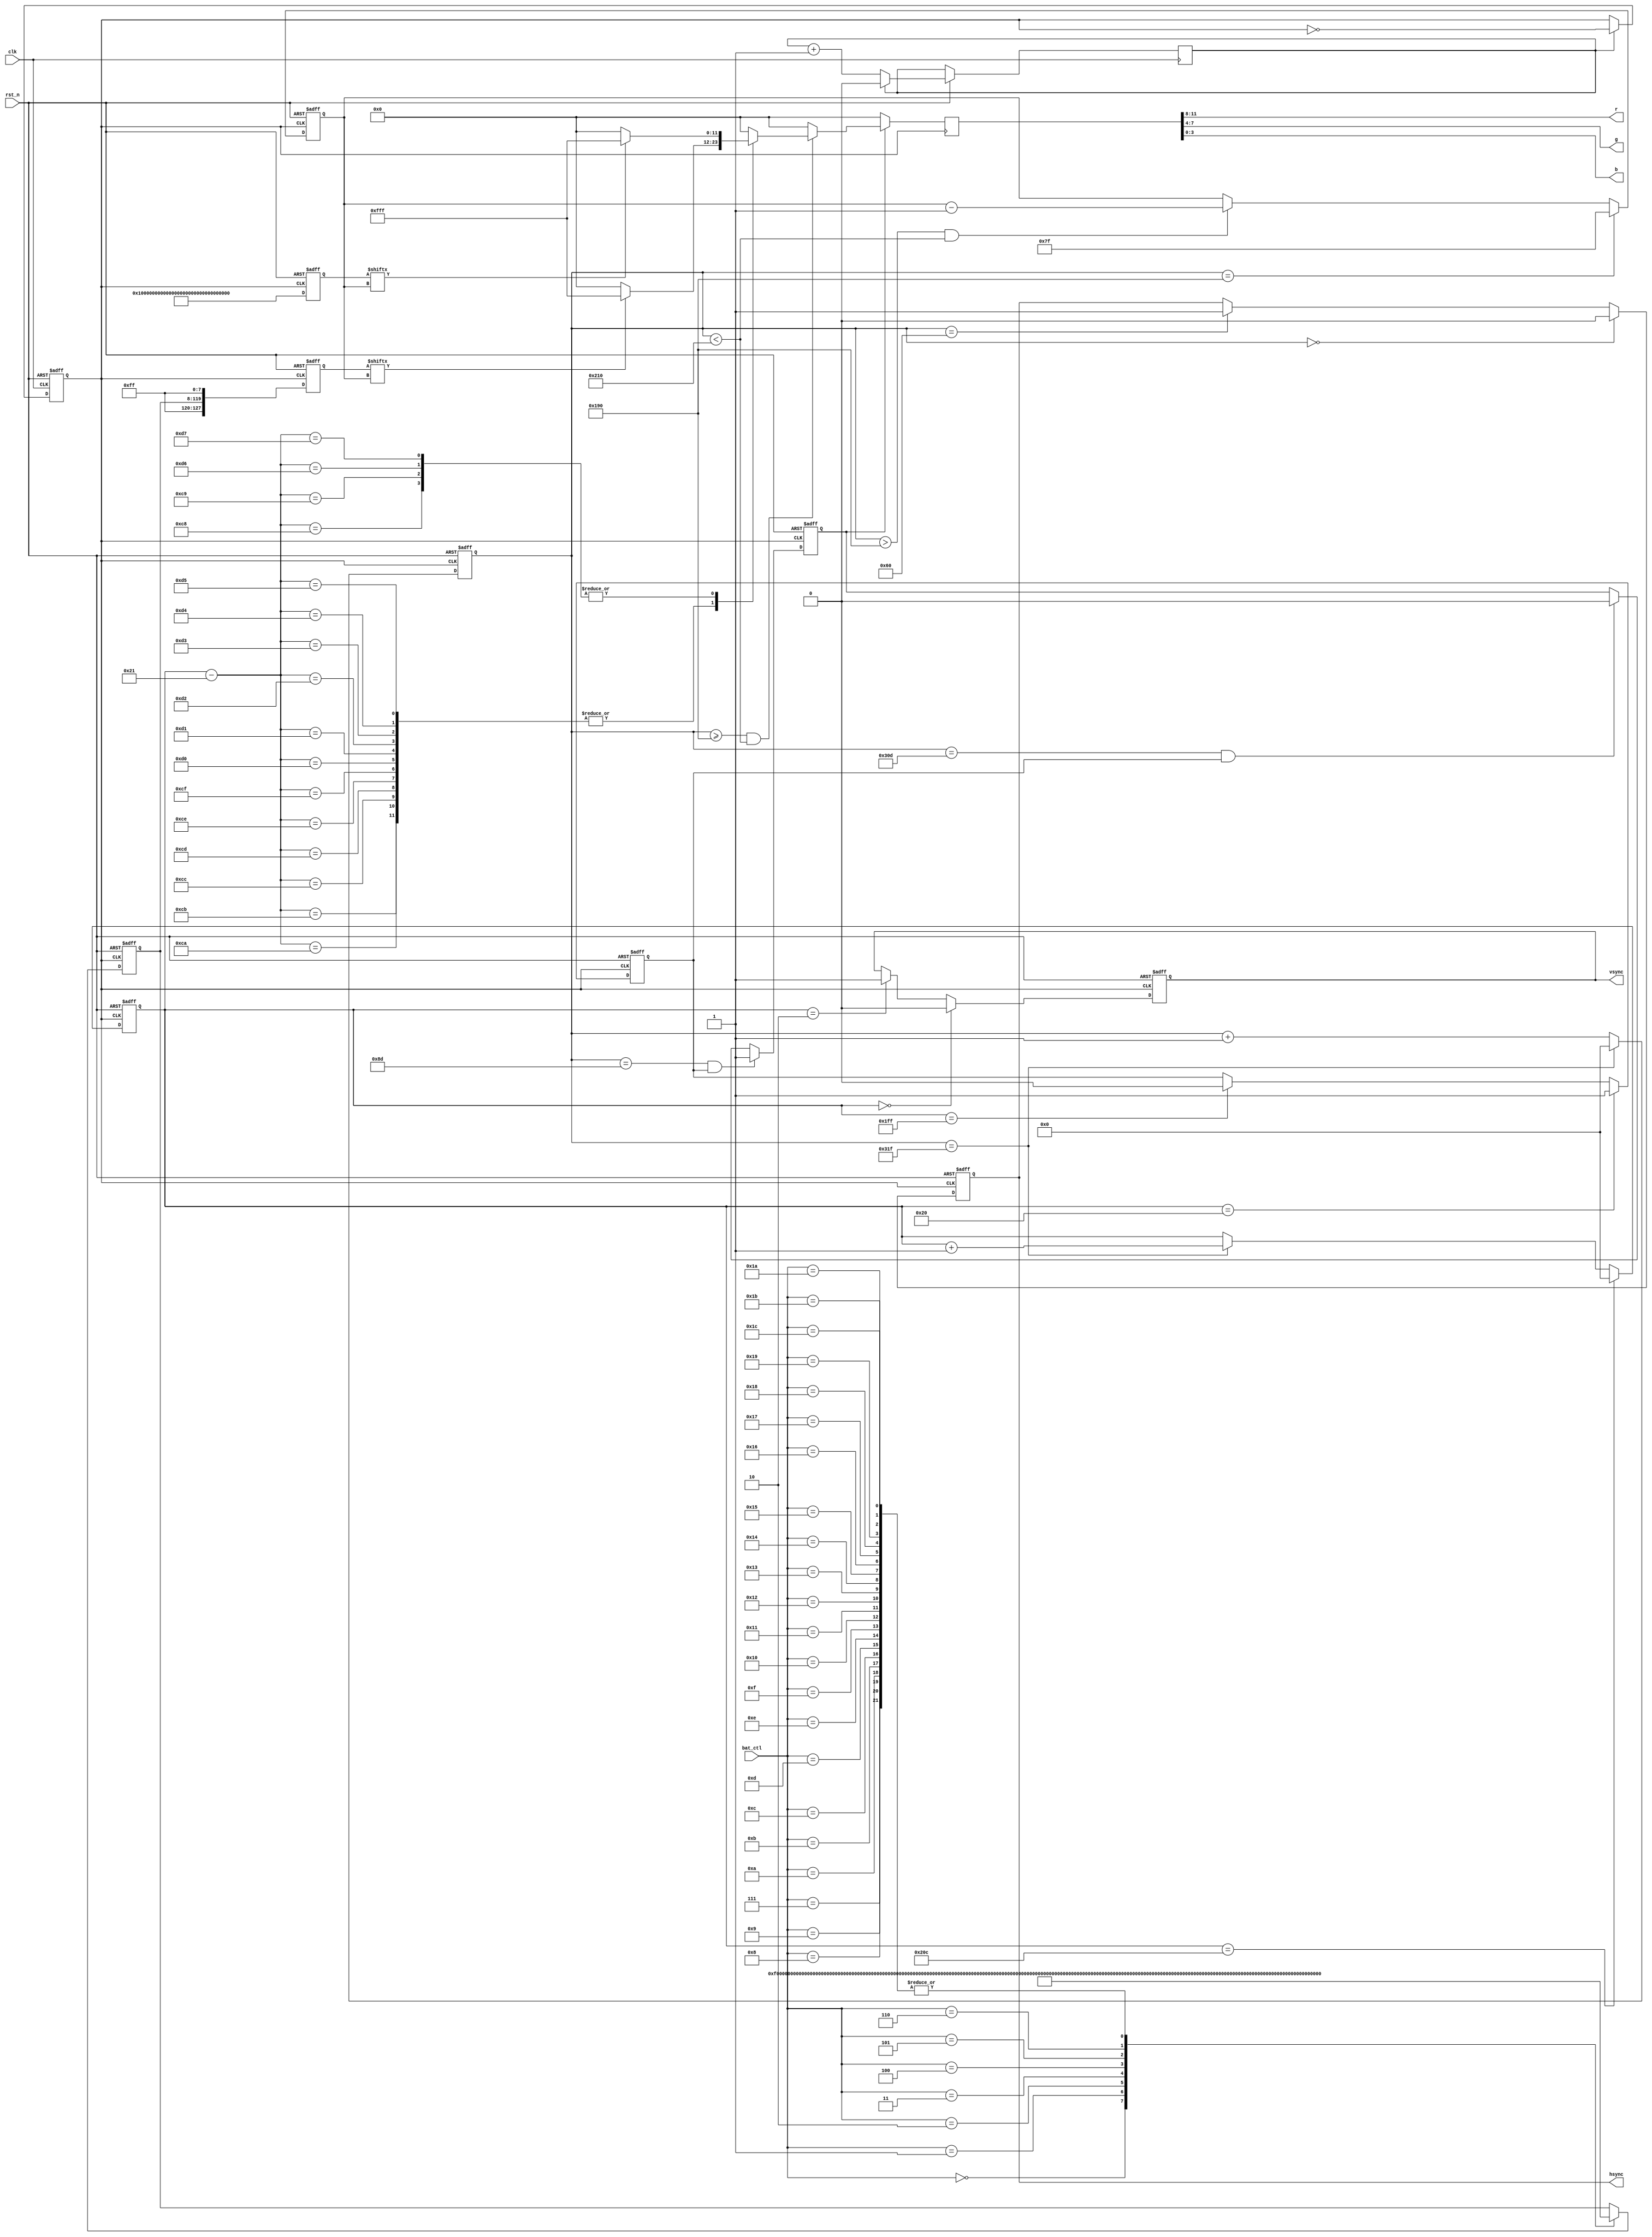
`timescale 1ns / 1ps
//////////////////////////////////////////////////////////////////////////////////
// Company: 
// Engineer: 
// 
// Design Name: 
// Module Name: vga_char
// Project Name: 
// Target Devices: 
// Tool Versions: 
// Description: 
// 
// Dependencies: 
// 
// Revision:
// Revision 0.01 - File Created
// Additional Comments:
// 
//////////////////////////////////////////////////////////////////////////////////

module vga_char(
    clk, rst_n,bat_ctl,
    hsync, vsync, r, g, b   // VGA control
);

    input clk;        // 100MHz
    input rst_n;      // Reset signal (Modified comment)
    input [4:0] bat_ctl; 
    output hsync;     // Horizontal sync signal
    output vsync;     // Vertical sync signal
    output[3:0] r;    // Red output signal
    output[3:0] g;    // Green output signal
    output[3:0] b;    // Blue output signal

    reg[9:0] x_cnt;    // Horizontal coordinate
    reg[9:0] y_cnt;    // Vertical coordinate
    reg clk_vga = 0;   // VGA clock
    reg clk_cnt = 0;   // Frequency divider counter

    always @(posedge clk or negedge rst_n) begin
        if (!rst_n)
            clk_vga <= 1'b0;
        else if (clk_cnt == 1) begin
            clk_vga <= ~clk_vga;
            clk_cnt <= 0;
        end
        else
            clk_cnt <= clk_cnt + 1;
    end

    reg valid_yr;    // Row display valid signal
    always @ (posedge clk_vga or negedge rst_n) begin
        if (!rst_n)
            valid_yr <= 1'b0;
        else if (y_cnt == 10'd32)
            valid_yr <= 1'b1;
        else if (y_cnt == 10'd511)
            valid_yr <= 1'b0;
    end

    wire valid_y = valid_yr;

    reg valid_r;
    always @ (posedge clk_vga or negedge rst_n) begin
        if (!rst_n)
            valid_r <= 1'b0;
        else if ((x_cnt == 10'd141) && valid_y)
            valid_r <= 1'b1;
        else if ((x_cnt == 10'd781) && valid_y)
            valid_r <= 1'b0;
    end
    wire valid = valid_r;

    always @ (posedge clk_vga or negedge rst_n) begin
        if (!rst_n)
            x_cnt <= 10'd0;
        else if (x_cnt == 10'd799)
            x_cnt <= 10'd0;
        else
            x_cnt <= x_cnt + 1'b1;
    end

    always @ (posedge clk_vga or negedge rst_n) begin
        if (!rst_n)
            y_cnt <= 10'd0;
        else if (y_cnt == 10'd524)
            y_cnt <= 10'd0;
        else if (x_cnt == 10'd799)
            y_cnt <= y_cnt + 1'b1;
    end

    // VGA synchronization, horizontal and vertical sync signals
    reg hsync_r, vsync_r;
    always @ (posedge clk_vga or negedge rst_n) begin
        if (!rst_n)
            hsync_r <= 1'b1;
        else if (x_cnt == 10'd0)
            hsync_r <= 1'b0;    // Generate hsync signal
        else if (x_cnt == 10'd96)
            hsync_r <= 1'b1;
    end

    always @ (posedge clk_vga or negedge rst_n) begin
        if (!rst_n)
            vsync_r <= 1'b1;
        else if (y_cnt == 10'd0)
            vsync_r <= 1'b0;    // Generate vsync signal
        else if (y_cnt == 10'd2)
            vsync_r <= 1'b1;
    end

    assign hsync = hsync_r;
    assign vsync = vsync_r;

    // Resolution 640x480
    wire[9:0] x_dis;    // Horizontal coordinate display valid area relative coordinate values 0-639
    wire[9:0] y_dis;    // Vertical coordinate display valid area relative coordinate values 0-479

    // Subtract the blanking area, convert to an easy-to-understand 640x480
    assign x_dis = x_cnt - 10'd142;
    assign y_dis = y_cnt - 10'd33;

    reg [111:0] bat;
    reg [127:0] char_line_solid;
    reg [127:0] char_line_fluid;


    always @(posedge clk_vga or negedge rst_n) begin
        if (!rst_n) begin
            bat <= 'd1;
        end
        else begin
            case(bat_ctl)
            5'd0: bat <= 'hF;
            5'd1: bat <= 'hFF;
            5'd2: bat <= 'hFFF;
            5'd3: bat <= 'hFFFF;
            5'd4: bat <= 'hFFFFF;
            5'd5: bat <= 'hFFFFFF;
            5'd6: bat <= 'hFFFFFFF;
            5'd7: bat <= 'hFFFFFFFF;
            5'd8: bat <= 'hFFFFFFFFFF;
            5'd9: bat <= 'hFFFFFFFFFFF;
            5'd10: bat <= 'hFFFFFFFFFFFFFF;
            5'd11: bat <= 'hFFFFFFFFFFFFFFF;
            5'd12: bat <= 'hFFFFFFFFFFFFFFFF;
            5'd13: bat <= 'hFFFFFFFFFFFFFFFFFF;
            5'd14: bat <= 'hFFFFFFFFFFFFFFFFFFF;
            5'd15: bat <= 'hFFFFFFFFFFFFFFFFFFFF;
            5'd16: bat <= 'hFFFFFFFFFFFFFFFFFFFFFF;
            5'd17: bat <= 'hFFFFFFFFFFFFFFFFFFFFFFF;
            5'd18: bat <= 'hFFFFFFFFFFFFFFFFFFFFFFFF;
            5'd19: bat <= 'hFFFFFFFFFFFFFFFFFFFFFFFFFF;
            5'd20: bat <= 'hFFFFFFFFFFFFFFFFFFFFFFFFFFF;
            5'd21: bat <= 'hFFFFFFFFFFFFFFFFFFFFFFFFFFFF;
            5'd22: bat <= 'hFFFFFFFFFFFFFFFFFFFFFFFFFFFFFF;
            5'd23: bat <= 'hFFFFFFFFFFFFFFFFFFFFFFFFFFFFFFF;
            5'd24: bat <= 'hFFFFFFFFFFFFFFFFFFFFFFFFFFFFFFFF;
            5'd25: bat <= 'hFFFFFFFFFFFFFFFFFFFFFFFFFFFFFFFFFF;
            5'd26: bat <= 'hFFFFFFFFFFFFFFFFFFFFFFFFFFFFFFFFFFF;
            5'd27: bat <= 'hFFFFFFFFFFFFFFFFFFFFFFFFFFFFFFFFFFFF;
            5'd28: bat <= 'hFFFFFFFFFFFFFFFFFFFFFFFFFFFFFFFFFFFFFF;
            endcase
        end
    
    end

    always @(posedge clk_vga or negedge rst_n) begin
        if (!rst_n) begin
            char_line_solid <= 128'h0;
            char_line_fluid <= 128'h0;
        end
        else begin
            char_line_solid <= 128'hFFFFFFFFFFFFFFFFFFFFFFFFFFFFFFFF;
            char_line_fluid <= {8'hFF, bat, 8'hFF};
        end
    end
    reg[6:0] char_bit;
      always @(posedge clk_vga or negedge rst_n) begin
        // In a 640x480 array, select a location to display the character "FPGA"
        if (!rst_n)
            char_bit <= 7'h7f;
        else if (x_cnt == 10'd400)
            char_bit <= 7'd127;  // Display high bits first, decrement by 1 each time
        else if (x_cnt > 10'd400 && x_cnt < 10'd528)
            char_bit <= char_bit - 1'b1;
    end
    reg[11:0] vga_rgb;
    always @ (posedge clk_vga) begin
        // Output the signal for each row
        if (!valid)
            vga_rgb <= 12'b0000_0000_0000;
        else if (x_cnt >= 10'd400 && x_cnt < 10'd528) begin
            // =
            case(y_dis)
        10'd200: if(char_line_solid[char_bit]) vga_rgb <= 12'b1111_1111_1111;
                 else vga_rgb <= 12'b0000_0000_0000;
        10'd201: if(char_line_solid[char_bit]) vga_rgb <= 12'b1111_1111_1111;
                 else vga_rgb <= 12'b0000_0000_0000;
        10'd202: if(char_line_fluid[char_bit]) vga_rgb <= 12'b1111_1111_1111;
                 else vga_rgb <= 12'b0000_0000_0000;
        10'd203: if(char_line_fluid[char_bit]) vga_rgb <= 12'b1111_1111_1111;
                 else vga_rgb <= 12'b0000_0000_0000;
        10'd204: if(char_line_fluid[char_bit]) vga_rgb <= 12'b1111_1111_1111;
                 else vga_rgb <= 12'b0000_0000_0000;
        10'd205: if(char_line_fluid[char_bit]) vga_rgb <= 12'b1111_1111_1111;
                 else vga_rgb <= 12'b0000_0000_0000;
        10'd206: if(char_line_fluid[char_bit]) vga_rgb <= 12'b1111_1111_1111;
                 else vga_rgb <= 12'b0000_0000_0000;
        10'd207: if(char_line_fluid[char_bit]) vga_rgb <= 12'b1111_1111_1111;
                 else vga_rgb <= 12'b0000_0000_00;
        10'd208: if(char_line_fluid[char_bit]) vga_rgb <= 12'b1111_1111_1111;
                 else vga_rgb <= 12'b0000_0000_0000;
        10'd209: if(char_line_fluid[char_bit]) vga_rgb <= 12'b1111_1111_1111;
                 else vga_rgb <= 12'b0000_0000_0000;
        10'd210: if(char_line_fluid[char_bit]) vga_rgb <= 12'b1111_1111_1111;
                 else vga_rgb <= 12'b0000_0000_0000;
        10'd211: if(char_line_fluid[char_bit]) vga_rgb <= 12'b1111_1111_1111;
                 else vga_rgb <= 12'b0000_0000_0000;
        10'd212: if(char_line_fluid[char_bit]) vga_rgb <= 12'b1111_1111_1111;
                 else vga_rgb <= 12'b0000_0000_0000;
        10'd213: if(char_line_fluid[char_bit]) vga_rgb <= 12'b1111_1111_1111;
                 else vga_rgb <= 12'b0000_0000_0000;
        10'd214: if(char_line_solid[char_bit]) vga_rgb <= 12'b1111_1111_1111;
                 else vga_rgb <= 12'b0000_0000_0000;
        10'd215: if(char_line_solid[char_bit]) vga_rgb <= 12'b1111_1111_1111;
                 else vga_rgb <= 12'b0000_0000_0000;
        default: vga_rgb <= 12'h000;
    endcase
        end
        else
            vga_rgb <= 12'h000;
    end


    // On the Basys3, each color has four control signals, which can be adjusted
    assign r = vga_rgb[11:8];
    assign g = vga_rgb[7:4];
    assign b = vga_rgb[3:0];
endmodule